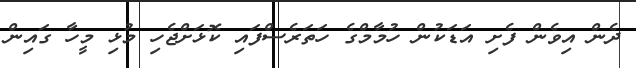
ދެން އިވެން ފެށި އަޑަކުން ހުމާމްގެ ހަތަރެސްފައި ކޮޅަށްޖެހި މުޅި މީހާ ގައިން